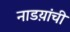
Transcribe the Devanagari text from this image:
नाडय़ांची